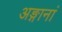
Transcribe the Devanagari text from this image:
अङ्गानां